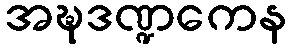
အဍ္ဎဒဏ္ဍကေန